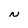
Character: N